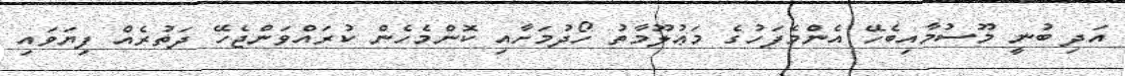
އަދި ބުނީ މޫސުމާއިބެހޭ އެންމެފަހުގެ މަޢުލޫމާތު ހޯދުމަށާއި ކޮންމެހެން ކުރައްވަންޖެހޭ ދަތުރެއް ފިޔަވައި